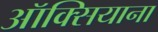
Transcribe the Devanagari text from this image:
ऑक्सियाना